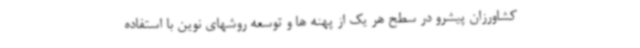
کشاورزان پیشرو در سطح هر یک از پهنه ها و توسعه روشهای نوین با استفاده